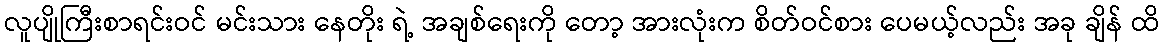
လူပျိုကြီးစာရင်းဝင် မင်းသား နေတိုး ရဲ့ အချစ်ရေးကို တော့ အားလုံးက စိတ်ဝင်စား ပေမယ့်လည်း အခု ချိန် ထိ